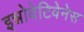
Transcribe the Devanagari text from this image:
इन्नोवेटिवेनेस